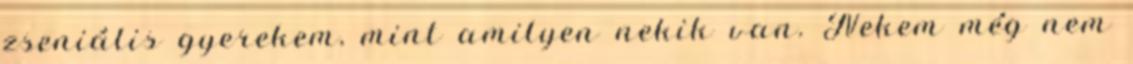
zseniális gyerekem, mint amilyen nekik van. Nekem még nem